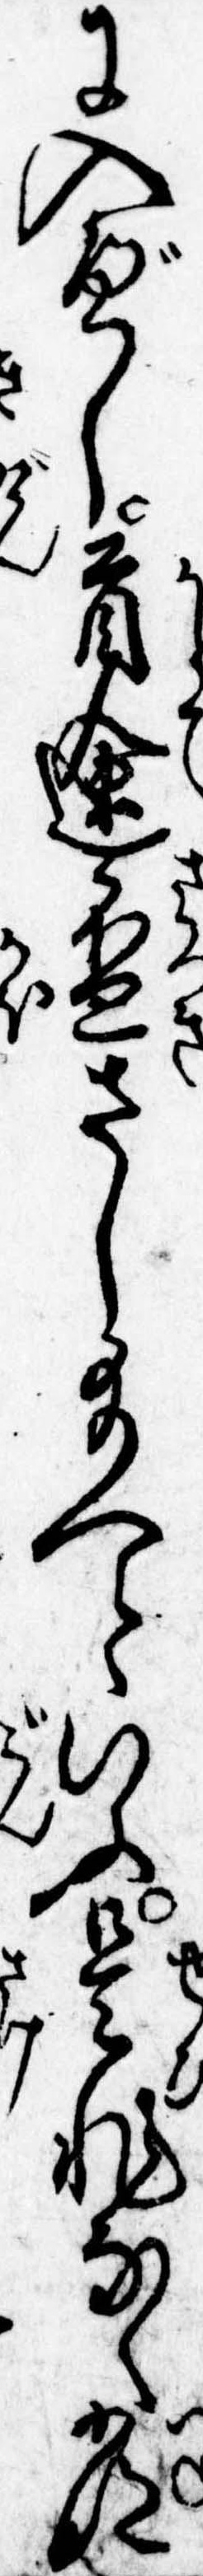
に入べし首途杯さし給へといふ是非なく常